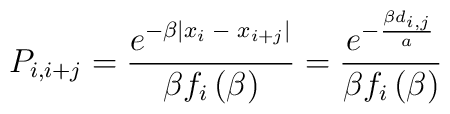
P_{i,i+j}=\frac{e^{-\beta \left| x_i\;-\;x_{i+j}\right| }}{\beta f_i\left(\beta \right)} = \frac{e^{- \frac{\beta d_{i,j}}{a}}}{\beta f_i\left(\beta \right)}